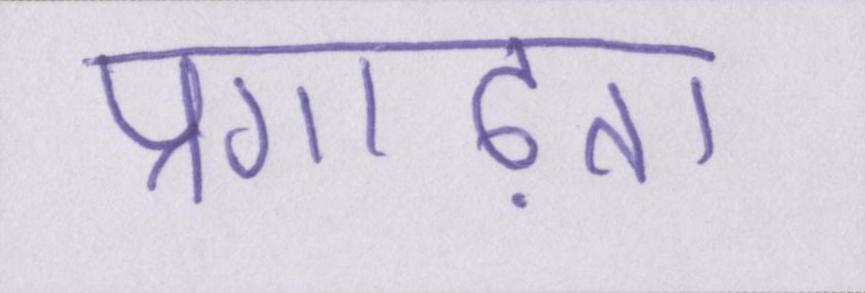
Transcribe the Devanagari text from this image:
प्रगाढ़ता